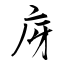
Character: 庌